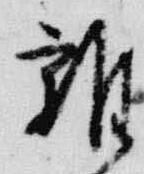
雑